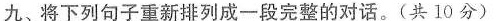
九、将下列句子重新排列成一段完整的对话.(共 10 分)